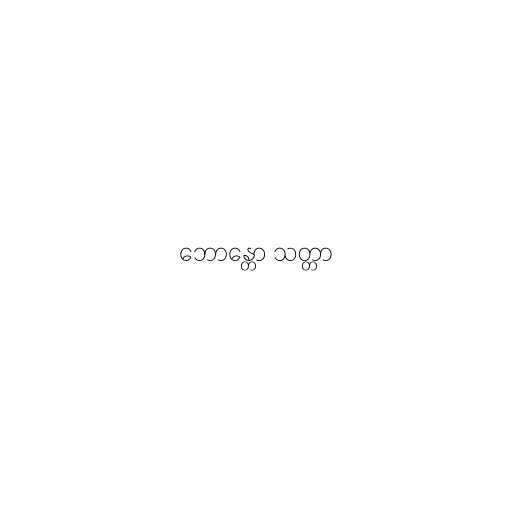
ဘောန္တော သတ္တာ